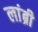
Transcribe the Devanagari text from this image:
लांब्री